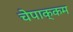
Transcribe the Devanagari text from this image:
चेपाक्कम